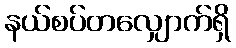
နယ်စပ်တလျှောက်ရှိ